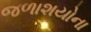
જળાશયોના